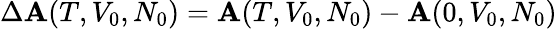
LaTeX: \Delta\mathbf{A}(T,V_{0},N_{0})=\mathbf{A}(T,V_{0},N_{0})-\mathbf{A}(0,V_{0},N_{0})